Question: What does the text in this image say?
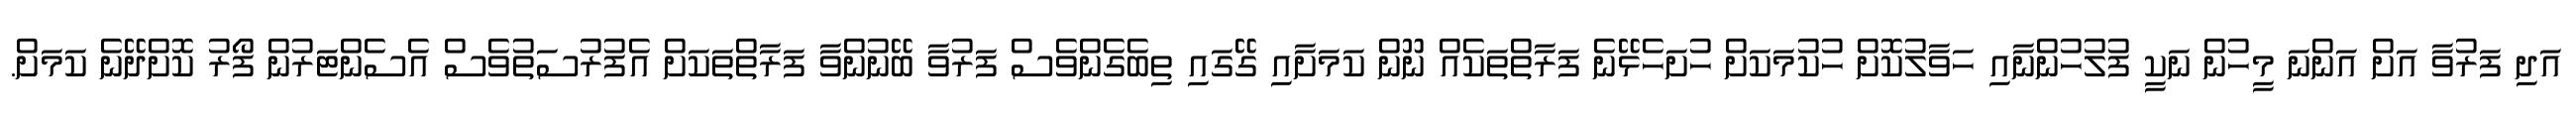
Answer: އަދި ފަރުވާ އަށް އަންނަ މީހުން ނަކީ ފުލުހުންނާއި ހަވާލުކޮށް ހުކުމަކަށް ހުށަހެޅޭނެ ފަރާތްތަކެއް ނޫން ކަމަށާއި ގޭގައި ތިބެގެންވެސް ފަރުވާ ބޭނުންވާ ފަރާތްތަކަށް އެފުރުސަތުވެސް އެސެންޓަރުން ފޯރު ކޮށްދޭނެ ކަމަށް.